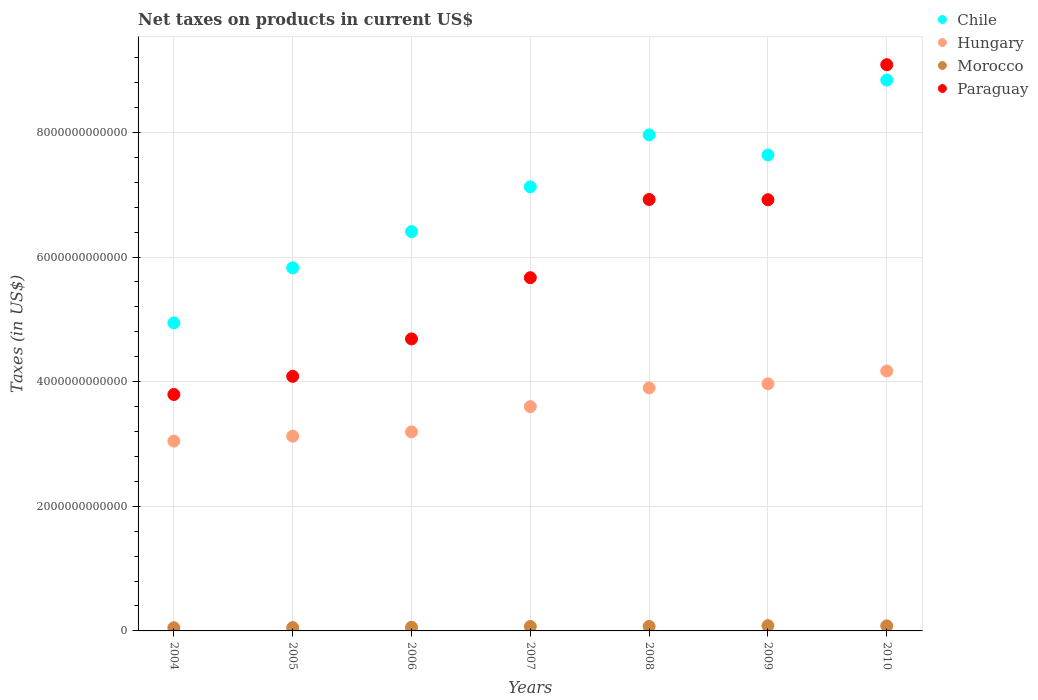
| Years | Chile | Hungary | Morocco | Paraguay |
 | --- | --- | --- | --- | --- |
 | 2004 | 4.94e+12 | 3.05e+12 | 5.07e+10 | 3.79e+12 |
 | 2005 | 5.83e+12 | 3.12e+12 | 5.37e+10 | 4.08e+12 |
 | 2006 | 6.41e+12 | 3.19e+12 | 5.94e+10 | 4.69e+12 |
 | 2007 | 7.13e+12 | 3.6e+12 | 7.09e+10 | 5.67e+12 |
 | 2008 | 7.96e+12 | 3.9e+12 | 7.2e+10 | 6.92e+12 |
 | 2009 | 7.64e+12 | 3.97e+12 | 8.4e+10 | 6.92e+12 |
 | 2010 | 8.84e+12 | 4.17e+12 | 8.13e+10 | 9.09e+12 |